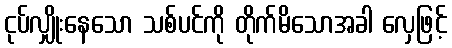
ငုပ်လျှိုးနေသော သစ်ပင်ကို တိုက်မိသောအခါ လှေဖြင့်